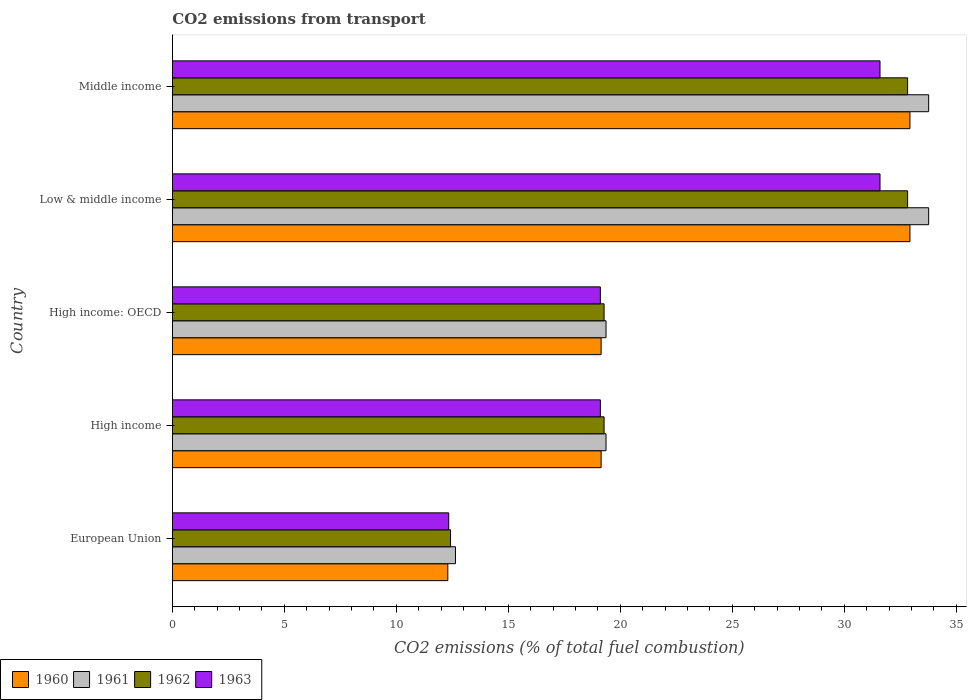
| Country | 1960 | 1961 | 1962 | 1963 |
 | --- | --- | --- | --- | --- |
 | European Union | 12.3 | 12.6 | 12.4 | 12.3 |
 | High income | 19.1 | 19.4 | 19.3 | 19.1 |
 | High income: OECD | 19.1 | 19.4 | 19.3 | 19.1 |
 | Low & middle income | 32.9 | 33.8 | 32.8 | 31.6 |
 | Middle income | 32.9 | 33.8 | 32.8 | 31.6 |